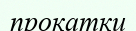
прокатки